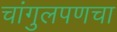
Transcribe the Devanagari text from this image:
चांगुलपणचा